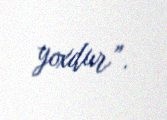
yoxdur”.